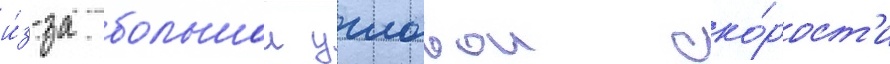
и́з-за большои угловои ско́рост'и